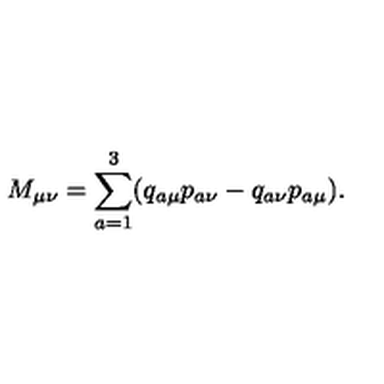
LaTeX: M _ { \mu \nu } = \sum _ { a = 1 } ^ { 3 } ( q _ { a \mu } p _ { a \nu } - q _ { a \nu } p _ { a \mu } ) .